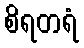
စိရတရံ